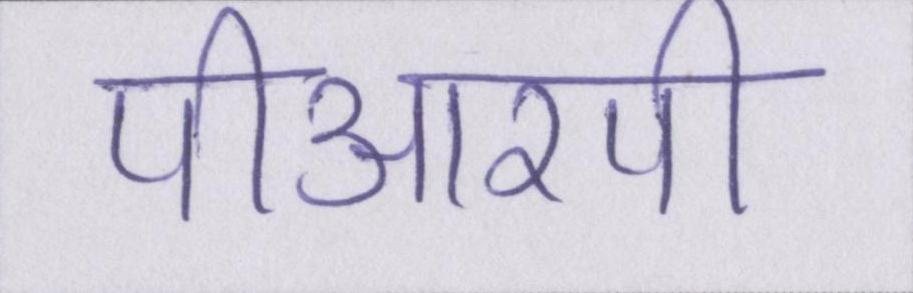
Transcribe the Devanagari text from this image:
पीआरपी